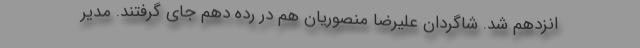
انزدهم شد. شاگردان علیرضا منصوریان هم در رده دهم جای گرفتند. مدیر